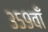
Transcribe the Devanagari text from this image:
३५९वाँ